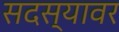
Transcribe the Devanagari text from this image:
सदस्यावर